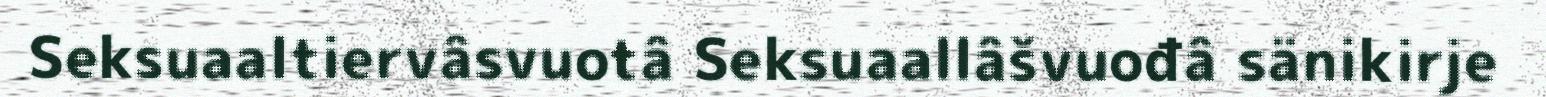
Seksuaaltiervâsvuotâ Seksuaallâšvuođâ sänikirje